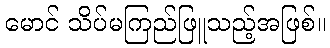
မောင် သိပ်မကြည်ဖြူသည့်အဖြစ်။